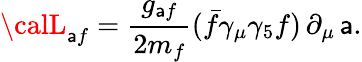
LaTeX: {\calL}_{\mathsf{a}f}=\frac{{g_{\mathsf{a}f}}}{{2m_{f}}}(\bar{{f}}\gamma_{\mu}\gamma_{5}f)\, \partial_{\mu}\, \mathsf{a}.